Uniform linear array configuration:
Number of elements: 48
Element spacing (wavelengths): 0.75
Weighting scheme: cosine
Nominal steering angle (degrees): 15
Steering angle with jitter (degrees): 14.247
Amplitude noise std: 0.05
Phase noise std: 0.05

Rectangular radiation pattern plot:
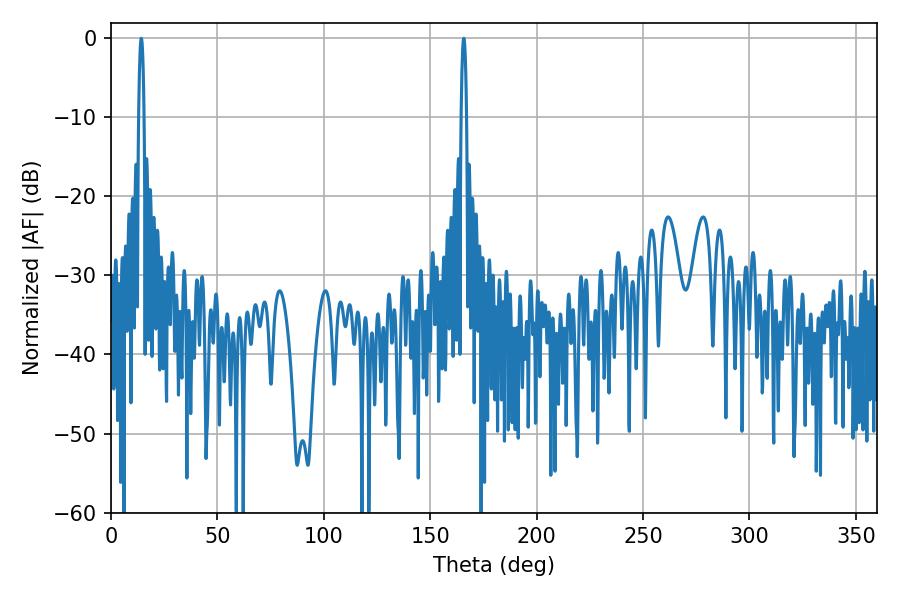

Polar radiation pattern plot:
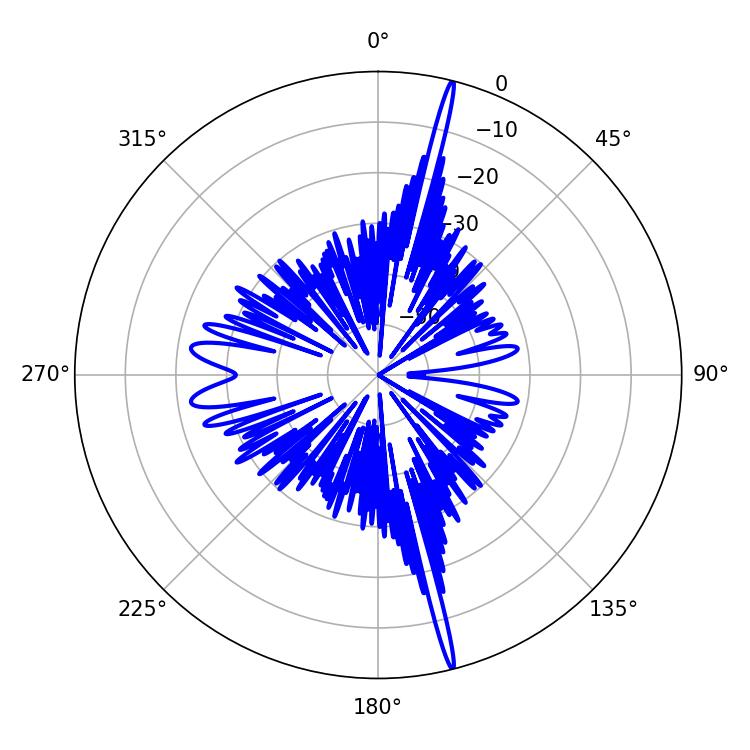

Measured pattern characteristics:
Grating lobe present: TRUE
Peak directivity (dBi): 22.057
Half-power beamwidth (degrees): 1.44
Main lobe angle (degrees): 14.22